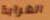
الغرابة